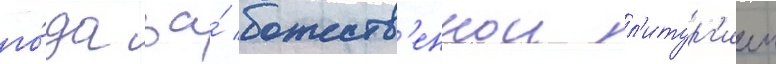
го́да за́ божеств'еннои л'итург'иеи